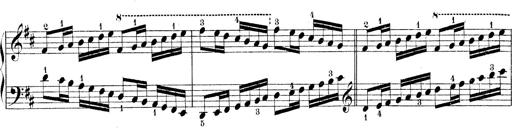
Title: Technische Studien
Composer: Franz Liszt